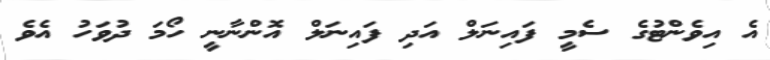
އެ އިވެންޓުގެ ސެމީ ފައިނަލް އަދި ފައިނަލް އޮންނާނީ ހޯމަ ދުވަހު އެވެ